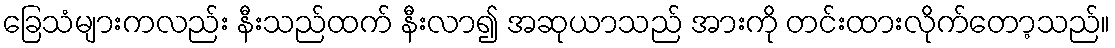
ခြေသံများကလည်း နီးသည်ထက် နီးလာ၍ အဆုယာသည် အားကို တင်းထားလိုက်တော့သည်။